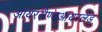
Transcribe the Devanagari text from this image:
आयरलैण्डआयरलैंड